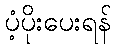
ပံ့ပိုးပေးရန်